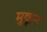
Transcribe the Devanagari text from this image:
मुकून